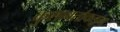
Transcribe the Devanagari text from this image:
कुशावर्ताकडून